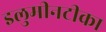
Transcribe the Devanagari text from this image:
इलुमीनटीका